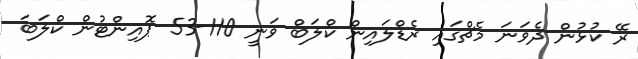
ރޭ ކުޅުން ދެވަނަ މެޗްގައި ރެޑްލައިން ކްލަބް ވަނީ 110-53 ޕޮއިންޓުން ކްލަބަ